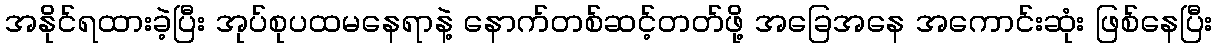
အနိုင်ရထားခဲ့ပြီး အုပ်စုပထမနေရာနဲ့ နောက်တစ်ဆင့်တတ်ဖို့ အခြေအနေ အကောင်းဆုံး ဖြစ်နေပြီး